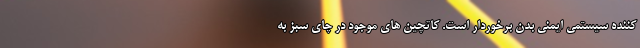
کننده سیستمی ایمنی بدن برخوردار است. کاتچین های موجود در چای سبز به